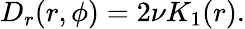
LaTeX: \begin{array}{r}{D_{r}(r,\phi)=2\nu K_{1}(r).}\end{array}